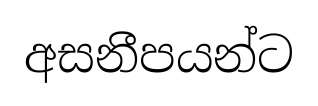
අසනීපයන්ට